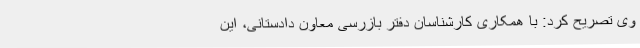
وی تصریح کرد: با همکاری کارشناسان دفتر بازرسی معاون دادستانی، این